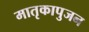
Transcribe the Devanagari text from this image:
मातृकापुजन